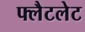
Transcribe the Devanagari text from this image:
फ्लैटलेट